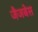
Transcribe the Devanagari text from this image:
जैजबेस